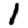
Digit: 1